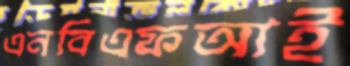
এনবিএফআই